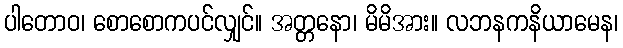
ပါတောဝ၊ စောစောကပင်လျှင်။ အတ္တနော၊ မိမိအား။ လဘနကနိယာမေန၊